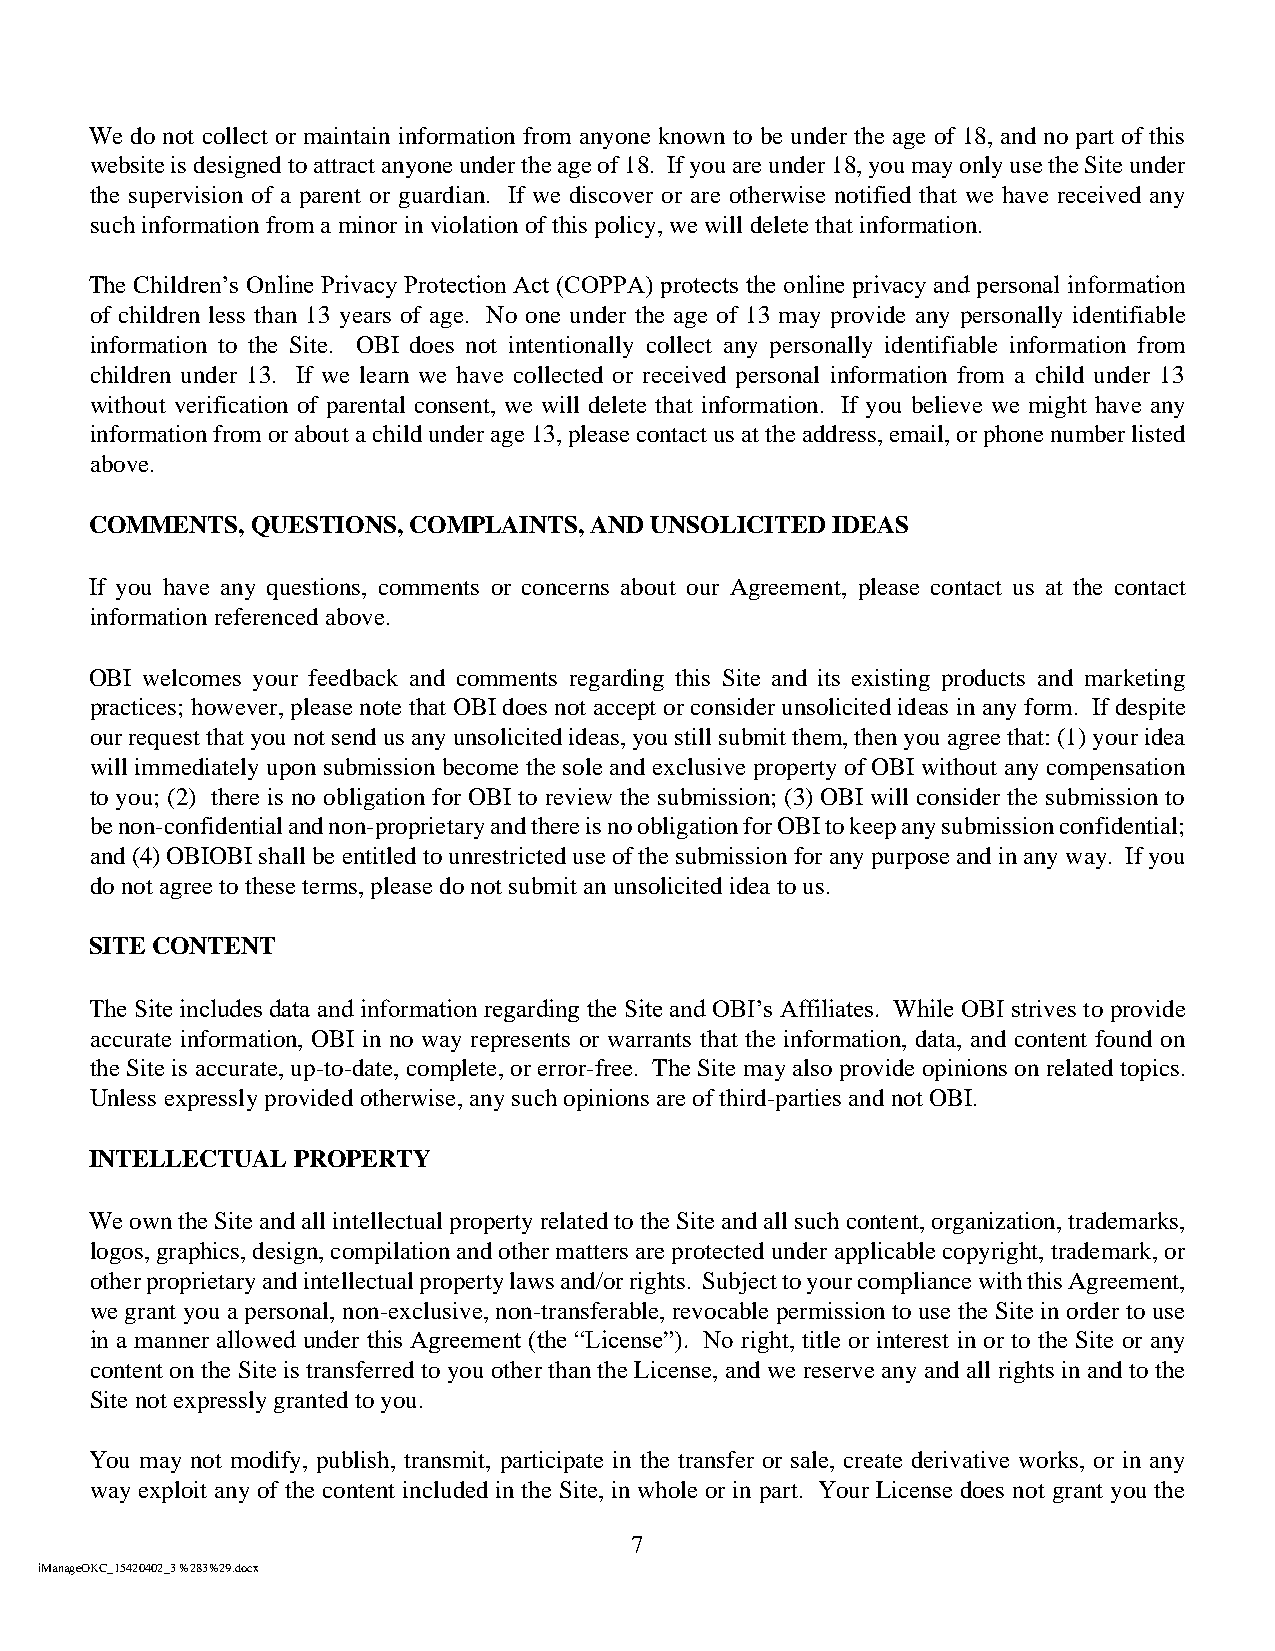
We do not collect or maintain information from anyone known to be under the age of 18, and no part of this
 website is designed to attract anyone under the age of 18. If you are under 18, you may only use the Site under
 the supervision of a parent or guardian. If we discover or are otherwise notified that we have received any
 such information from a minor in violation of this policy, we will delete that information.
 The Children’s Online Privacy Protection Act (COPPA) protects the online privacy and personal information
 of children less than 13 years of age. No one under the age of 13 may provide any personally identifiable
 information to the Site. OBI does not intentionally collect any personally identifiable information from
 children under 13. If we learn we have collected or received personal information from a child under 13
 without verification of parental consent, we will delete that information. If you believe we might have any
 information from or about a child under age 13, please contact us at the address, email, or phone number listed
 above.
 COMMENTS,  QUESTIONS, COMPLAINTS, AND UNSOLICITED IDEAS
 If you have any questions, comments or concerns about our Agreement, please contact us at the contact
 information referenced above.
 OBI welcomes your feedback and comments regarding this Site and its existing products and marketing
 practices; however, please note that OBI does not accept or consider unsolicited ideas in any form. If despite
 our request that you not send us any unsolicited ideas, you still submit them, then you agree that: (1) your idea
 will immediately upon submission become the sole and exclusive property of OBI without any compensation
 to you; (2) there is no obligation for OBI to review the submission; (3) OBI will consider the submission to
 be non-confidential and non-proprietary and there is no obligation for OBI to keep any submission confidential;
 and (4) OBIOBI shall be entitled to unrestricted use of the submission for any purpose and in any way. If you
 do not agree to these terms, please do not submit an unsolicited idea to us.
 SITE CONTENT
 The Site includes data and information regarding the Site and OBI’s Affiliates. While OBI strives to provide
 accurate information, OBI in no way represents or warrants that the information, data, and content found on
 the Site is accurate, up-to-date, complete, or error-free. The Site may also provide opinions on related topics.
 Unless expressly provided otherwise, any such opinions are of third-parties and not OBI.
 INTELLECTUAL PROPERTY
 We own the Site and all intellectual property related to the Site and all such content, organization, trademarks,
 logos, graphics, design, compilation and other matters are protected under applicable copyright, trademark, or
 other proprietary and intellectual property laws and/or rights. Subject to your compliance with this Agreement,
 we grant you a personal, non-exclusive, non-transferable, revocable permission to use the Site in order to use
 in a manner allowed under this Agreement (the “License”). No right, title or interest in or to the Site or any
 content on the Site is transferred to you other than the License, and we reserve any and all rights in and to the
 Site not expressly granted to you.
 You may not modify, publish, transmit, participate in the transfer or sale, create derivative works, or in any
 way exploit any of the content included in the Site, in whole or in part. Your License does not grant you the
 7
 iManageOKC_15420402_3 %283%29.docx